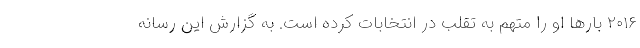
۲۰۱۶ بارها او را متهم به تقلب در انتخابات کرده است. به گزارش این رسانه